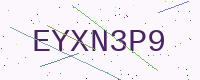
Text: EYXN3P9